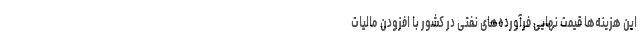
این هزینه‌ها قیمت نهایی فرآورده‌های نفتی در کشور با افزودن مالیات